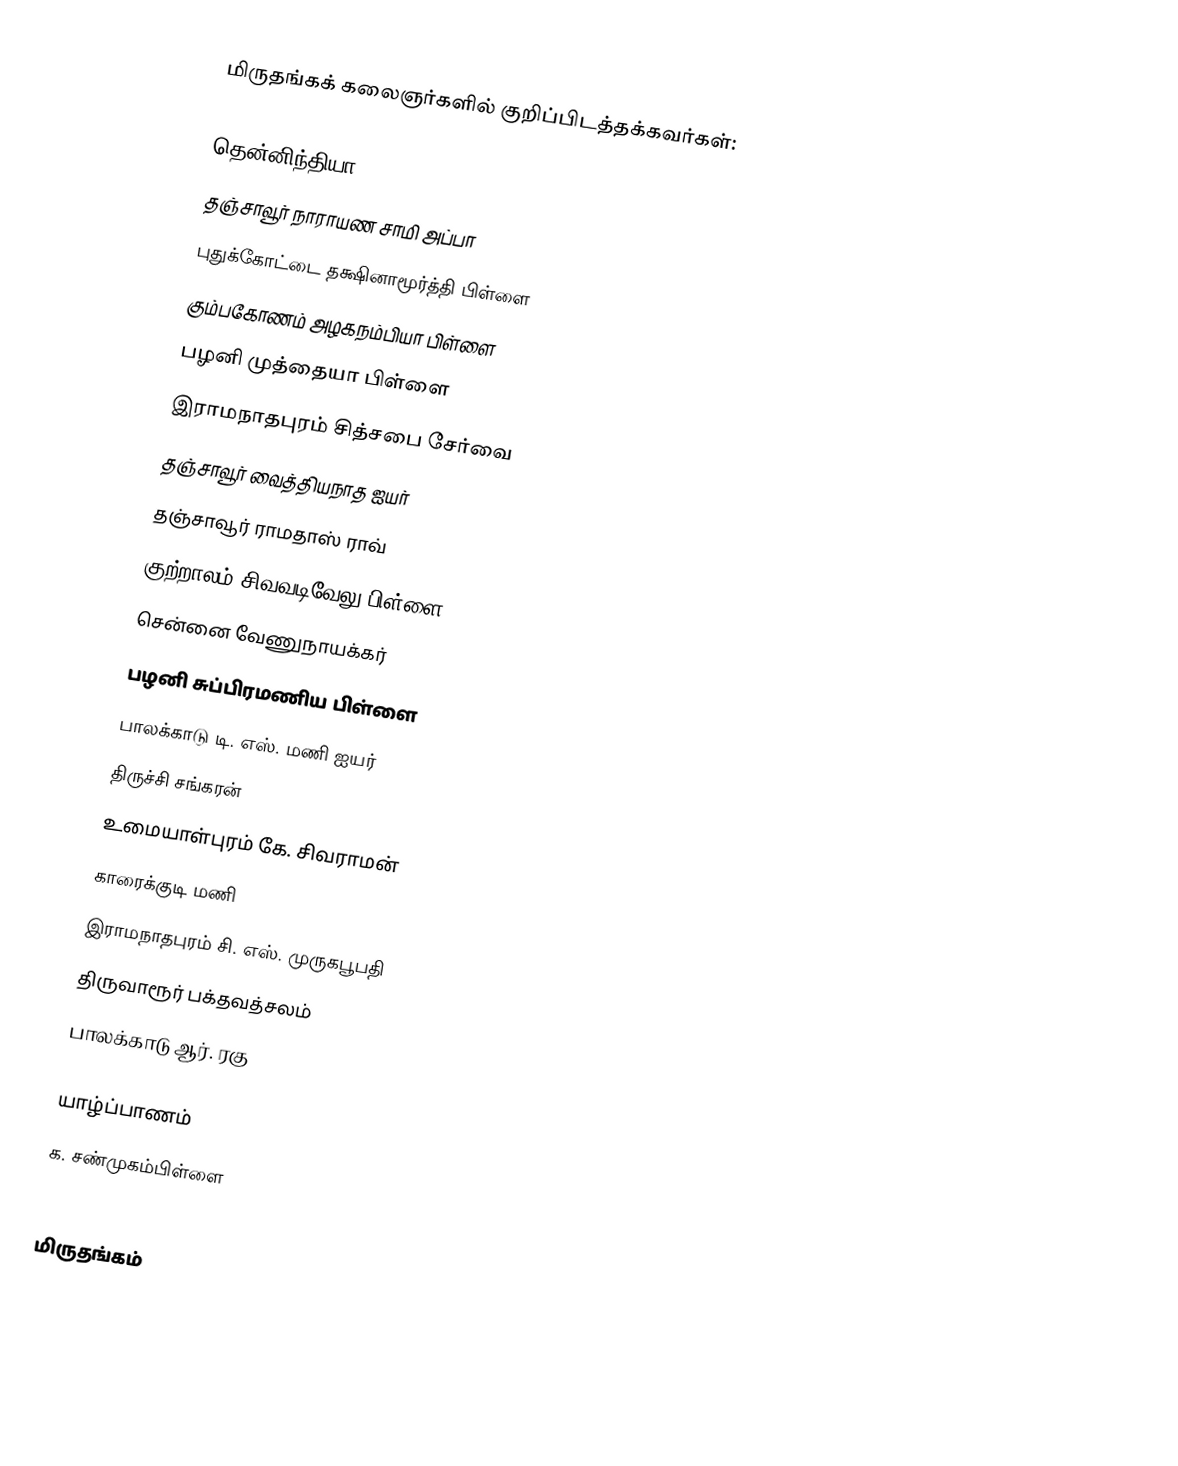
மிருதங்கக் கலைஞர்களில் குறிப்பிடத்தக்கவர்கள்:

தென்னிந்தியா
தஞ்சாவூர் நாராயண சாமி அப்பா
புதுக்கோட்டை தக்ஷினாமூர்த்தி பிள்ளை
கும்பகோணம் அழகநம்பியா பிள்ளை
பழனி முத்தையா பிள்ளை
இராமநாதபுரம் சித்சபை சேர்வை
தஞ்சாவூர் வைத்தியநாத ஐயர்
தஞ்சாவூர் ராமதாஸ் ராவ்
குற்றாலம் சிவவடிவேலு பிள்ளை
சென்னை வேணுநாயக்கர்
பழனி சுப்பிரமணிய பிள்ளை
பாலக்காடு டி. எஸ். மணி ஐயர்
திருச்சி சங்கரன்
உமையாள்புரம் கே. சிவராமன்
காரைக்குடி மணி
இராமநாதபுரம் சி. எஸ். முருகபூபதி
திருவாரூர் பக்தவத்சலம்
பாலக்காடு ஆர். ரகு

யாழ்ப்பாணம்
க. சண்முகம்பிள்ளை

மிருதங்கம்